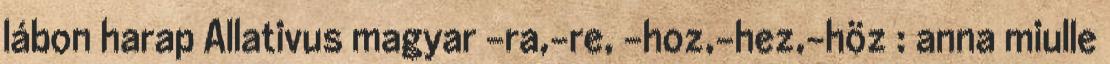
lábon harap Allativus magyar -ra,-re, -hoz,-hez,-höz : anna miulle